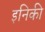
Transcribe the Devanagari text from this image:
इनिकी